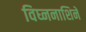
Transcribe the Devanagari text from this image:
विघ्ननाशिने